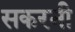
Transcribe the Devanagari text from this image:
सकरनी